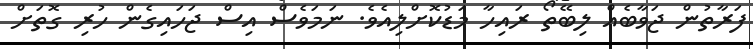
ފަރާތުން ޖަވާބެއް ލިބޭތޯ ރައިހާ މަޑުކޮށްލިއެވެ. ނަމަވެސް އިސް ޖަހައިގެން ހުރި ގޮތަށް